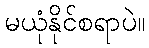
မယုံနိုင်စရာပဲ။